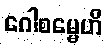
ဂေါစမ္မေဟိ